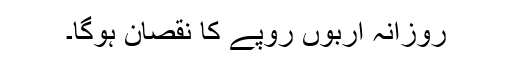
روزانہ اربوں روپے کا نقصان ہوگا۔